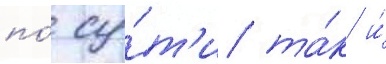
по́ су́т'и та́к и́